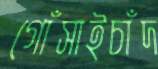
গোঁসাইচাঁদ